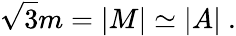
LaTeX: \sqrt 3m=|M|\simeq|A|\ .